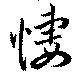
悽